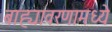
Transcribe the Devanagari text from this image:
बाह्यावरणामध्ये